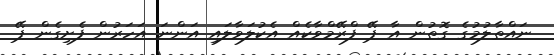
ނައްތާލުމުގެ ގޮތުން އާ ޕޭ ފްރޭމްވާކެއް އެކުލަވާލައި އަންނަ އަހަރުން ފެށިގެން ޕޭ